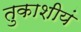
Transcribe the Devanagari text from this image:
तुकाशीयं